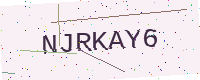
Text: NJRKAY6